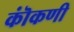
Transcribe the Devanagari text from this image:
कॊंकणी